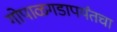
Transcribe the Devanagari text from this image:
गोपाळगडापर्यंतचा